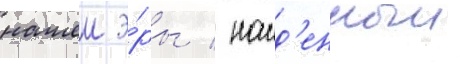
нашеи э́ры / наид'енныи